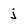
Character: j